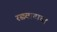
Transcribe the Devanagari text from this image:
रस्त्र्वादाचा